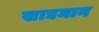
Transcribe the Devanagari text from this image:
खाद्यमान